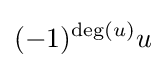
(-1)^{\deg(u)}u